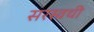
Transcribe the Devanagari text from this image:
सरस्वथी